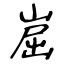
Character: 崫